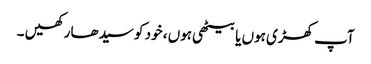
آپ کھڑی ہوں یا بیٹھی ہوں ، خود کو سیدھا رکھیں ۔